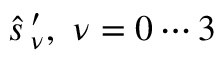
\widehat { s } \, _ { \nu } ^ { \prime } , ~ \nu = 0 \cdots 3